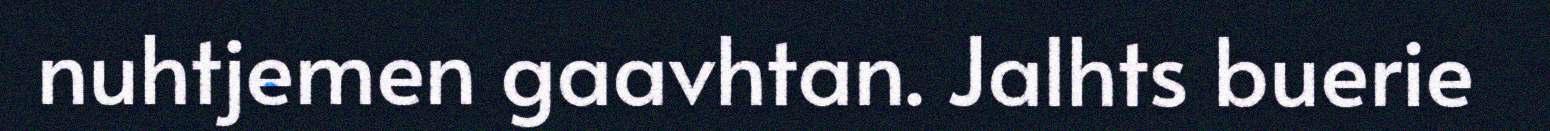
nuhtjemen gaavhtan. Jalhts buerie